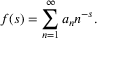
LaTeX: f ( s ) = \sum _ { n = 1 } ^ { \infty } a _ { n } n ^ { - s } .